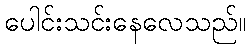
ပေါင်းသင်းနေလေသည်။